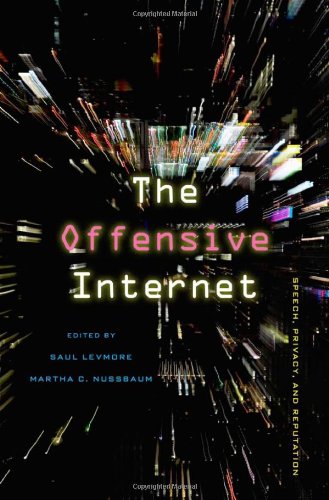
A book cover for The Offensive Internet: Speech, Privacy, and Reputation; Law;